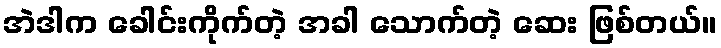
အဲဒါက ခေါင်းကိုက်တဲ့ အခါ သောက်တဲ့ ဆေး ဖြစ်တယ်။